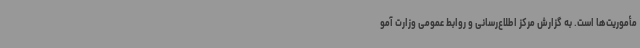
مأموریت‌ها است. به گزارش مرکز اطلاع‌رسانی و روابط عمومی وزارت آمو